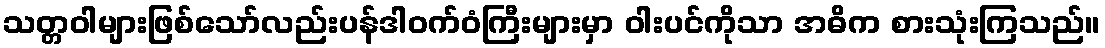
သတ္တဝါများဖြစ်သော်လည်းပန်ဒါဝက်ဝံကြီးများမှာ ဝါးပင်ကိုသာ အဓိက စားသုံးကြသည်။